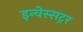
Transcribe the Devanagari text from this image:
इन्वेस्सट्रर